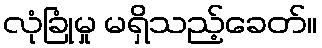
လုံခြုံမှု မရှိသည့်ခေတ်။